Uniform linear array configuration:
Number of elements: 32
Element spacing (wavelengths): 0.25
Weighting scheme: kaiser
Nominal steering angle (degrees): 45
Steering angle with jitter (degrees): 44.339
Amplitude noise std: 0.05
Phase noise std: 0.05

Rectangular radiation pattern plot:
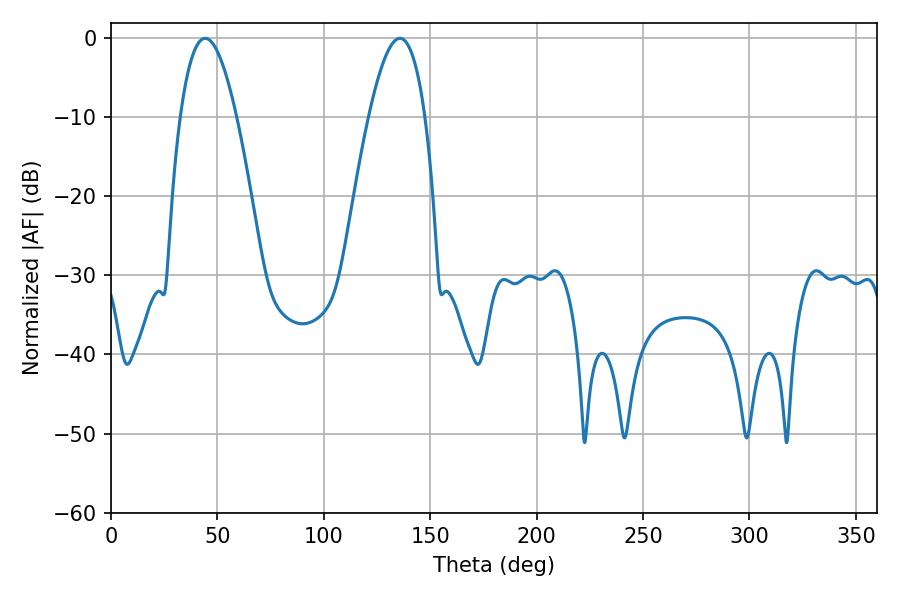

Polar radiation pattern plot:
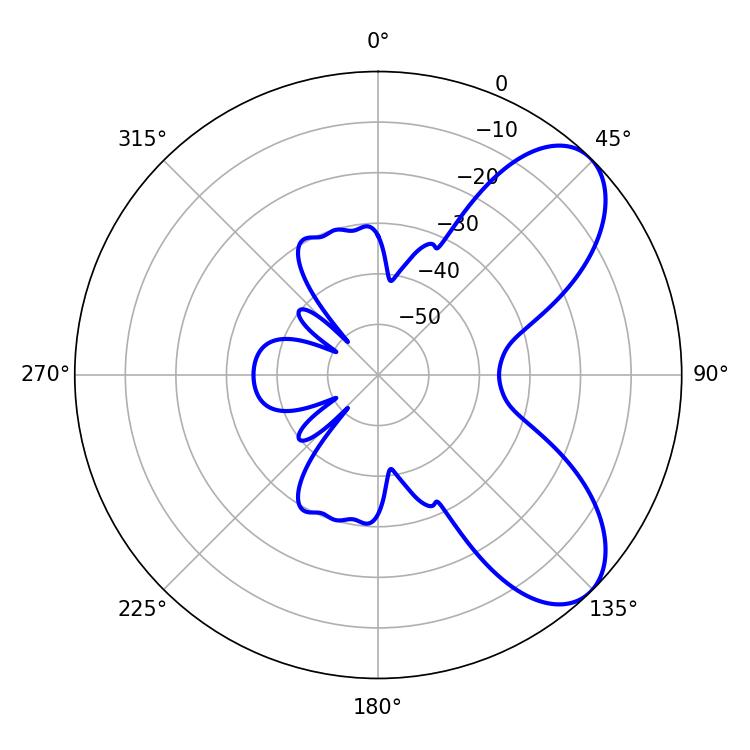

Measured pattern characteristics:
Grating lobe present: FALSE
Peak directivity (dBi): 7.174
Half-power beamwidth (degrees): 14.58
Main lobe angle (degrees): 44.28